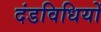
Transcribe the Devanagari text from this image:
दंडविधियों